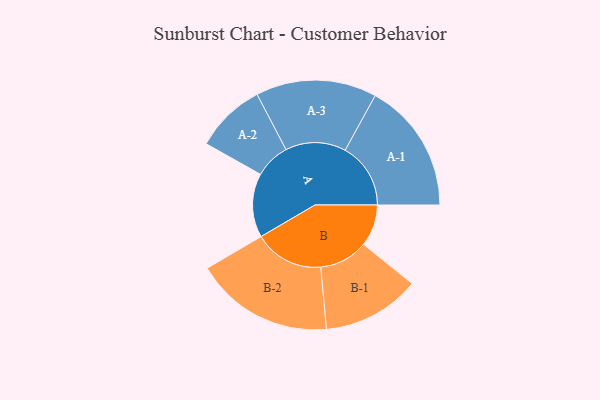
{"axis": {"x": "Segment", "y": "Value"}, "legend": ["", "A", "B"], "data": [{"x": "A", "y": 239, "type": ""}, {"x": "B", "y": 156, "type": ""}, {"x": "A-1", "y": 245, "type": "A"}, {"x": "A-2", "y": 132, "type": "A"}, {"x": "A-3", "y": 226, "type": "A"}, {"x": "B-1", "y": 183, "type": "B"}, {"x": "B-2", "y": 260, "type": "B"}]}